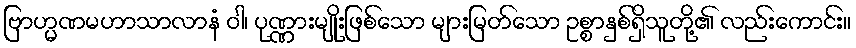
ဗြာဟ္မဏမဟာသာလာနံ ဝါ၊ ပုဏ္ဏားမျိုးဖြစ်သော များမြတ်သော ဥစ္စာနှစ်ရှိသူတို့၏ လည်းကောင်း။